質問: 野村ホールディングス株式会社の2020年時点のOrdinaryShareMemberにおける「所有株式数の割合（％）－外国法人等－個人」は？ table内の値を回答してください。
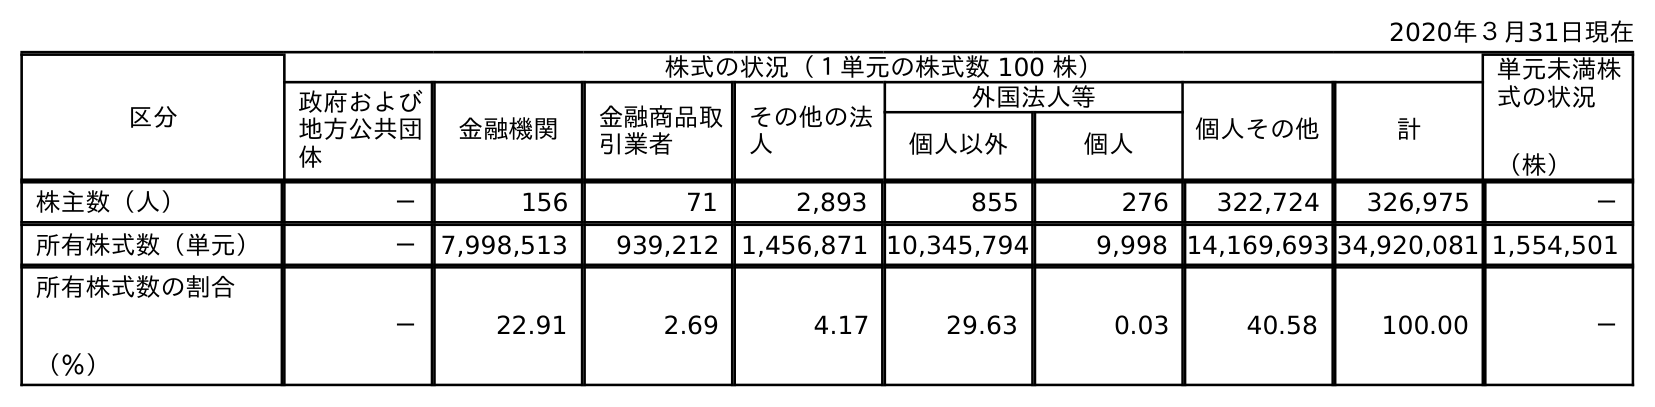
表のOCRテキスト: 2020年３月31日現在 区分 株式の状況（１単元の株式数 100 株） 単元未満株 式の状況 （株） 政府および 地方公共団 体 金融機関 金融商品取 引業者 その他の法 人 外国法人等 個人その他 計 個人以外 個人 株主数（人） － 156 71 2,893 855 276 322,724 326,975 － 所有株式数（単元） － 7,998,513 939,212 1,456,871 10,345,794 9,998 14,169,693 34,920,081 1,554,501 所有株式数の割合 （％） － 22.91 2.69 4.17 29.63 0.03 40.58 100.00 －
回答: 0.03